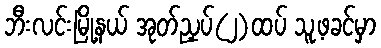
ဘီးလင်းမြို့နယ် အုတ်ညှပ်(၂)ထပ် သူ့ဖခင်မှာ